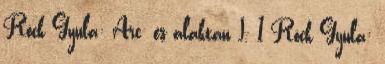
Röck Gyula: Arc- és alaktan I. 1 Röck Gyula: